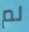
لم